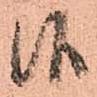
候